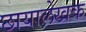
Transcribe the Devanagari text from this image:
छायालेखक